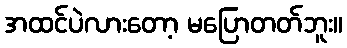
အထင်ပဲလားတော့ မပြောတတ်ဘူး။